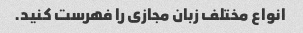
انواع مختلف زبان مجازی را فهرست کنید.